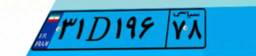
۹۶D۰۴۷۱۸